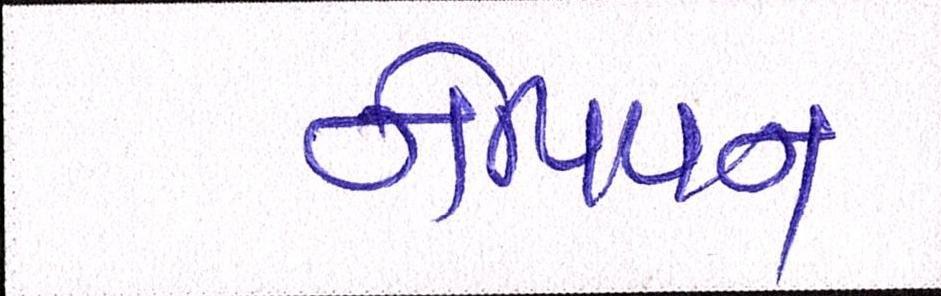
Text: નેપિયન